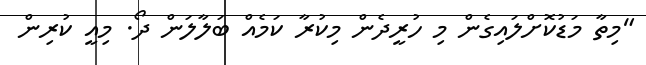
"މިތާ މަޑުކޮށްލައިގެން މި ހުރީދެން މިކުރާ ކަމެއް ބަލާލަން ދޯ. މިއީ ކުރިން